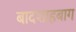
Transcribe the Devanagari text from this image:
बादशाहबाग